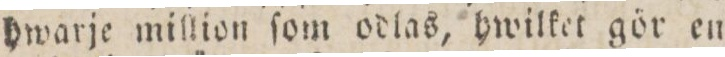
hwarje million ſom odlas, hwilket gör en